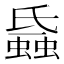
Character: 𧐏